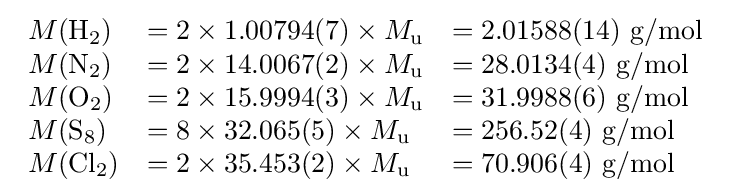
{\begin{array}{lll}M({\mathrm {H} {\vphantom {A}}_{\smash[{t}]{2}}})&=2\times 1.00794(7)\times M_{\mathrm {u} }&=2.01588(14){\text{ g/mol}}\\M({\mathrm {N} {\vphantom {A}}_{\smash[{t}]{2}}})&=2\times 14.0067(2)\times M_{\mathrm {u} }&=28.0134(4){\text{ g/mol}}\\M({\mathrm {O} {\vphantom {A}}_{\smash[{t}]{2}}})&=2\times 15.9994(3)\times M_{\mathrm {u} }&=31.9988(6){\text{ g/mol}}\\M({\mathrm {S} {\vphantom {A}}_{\smash[{t}]{8}}})&=8\times 32.065(5)\times M_{\mathrm {u} }&=256.52(4){\text{ g/mol}}\\M({\mathrm {Cl} {\vphantom {A}}_{\smash[{t}]{2}}})&=2\times 35.453(2)\times M_{\mathrm {u} }&=70.906(4){\text{ g/mol}}\end{array}}